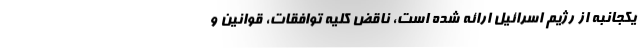
یکجانبه از رژیم اسرائیل ارائه شده است، ناقض کلیه توافقات، قوانین و